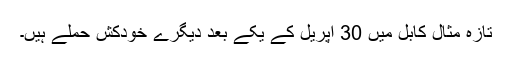
تازہ مثال کابل میں 30 اپریل کے یکے بعد دیگرے خودکش حملے ہیں۔